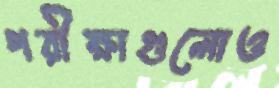
পরীক্ষাগুলোও